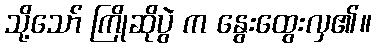
သို့သော် ကြိုဆိုပွဲ က နွေးထွေးလှ၏။